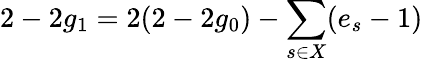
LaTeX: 2-2g_{1}=2(2-2g_{0})-\sum_{s\in X}(e_{s}-1)